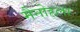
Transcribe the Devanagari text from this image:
मैनोहला